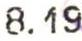
8.19